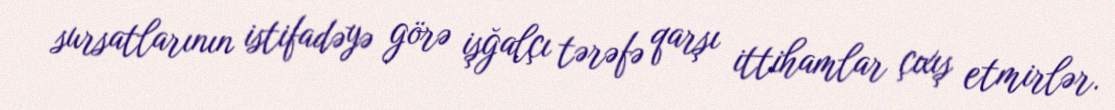
sursatlarının istifadəyə görə işğalçı tərəfə qarşı ittihamlar çıxış etmirlər.